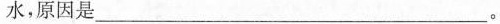
水，原因是___。